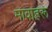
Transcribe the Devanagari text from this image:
मावाहरू